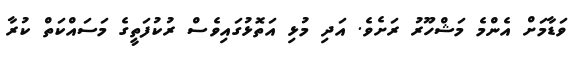
ވަޑާމަށް އެންމެ މަޝްހޫރު ރަށެވެ. އަދި މުޅި އަތޮޅުގައިވެސް ރުކުފަތީގެ މަސައްކަތް ކުރާ